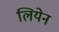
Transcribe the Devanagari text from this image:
लियेन